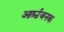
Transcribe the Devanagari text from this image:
आर्श्चजनक